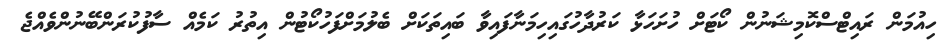
ހިއުމަން ރައިޓްސްކޮމިޝަނުން ކޯޓަށް ހުށަހަޅާ ކަރުދާހުގައިހިމަނާފައިވާ ބައިތަކަށް ބެލުމަށްފަހުކޯޓުން އިތުރު ކަމެއް ސާފުކުރަންބޭނުންވެއްޖެ